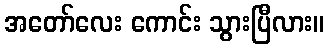
အတော်လေး ကောင်း သွားပြီလား။